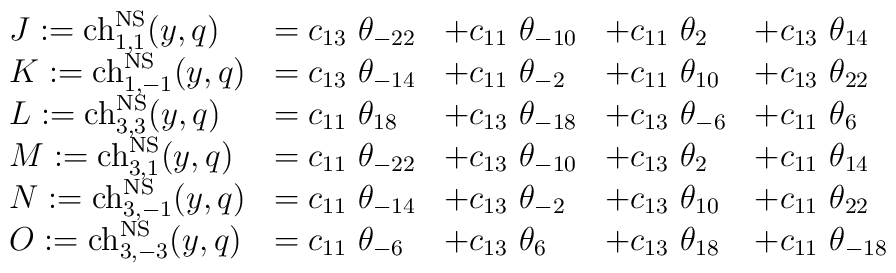
\begin{array}{lllll}J := {\rm ch}_{1,1}^{\rm NS}(y,q) &= c_{13}~\theta_{-22} &+c_{11}~\theta_{-10} &+ c_{11}~\theta_{2} &+ c_{13}~\theta_{14}\\ K := {\rm ch}_{1,-1}^{\rm NS}(y,q) &= c_{13}~\theta_{-14} &+c_{11}~\theta_{-2} &+ c_{11}~\theta_{10} &+ c_{13}~\theta_{22}\\ L := {\rm ch}_{3,3}^{\rm NS}(y,q) &= c_{11}~\theta_{18} &+c_{13}~\theta_{-18} &+ c_{13}~\theta_{-6} &+ c_{11}~\theta_{6}\\ M := {\rm ch}_{3,1}^{\rm NS}(y,q) &= c_{11}~\theta_{-22} &+c_{13}~\theta_{-10} &+ c_{13}~\theta_{2} &+ c_{11}~\theta_{14}\\ N := {\rm ch}_{3,-1}^{\rm NS}(y,q) &= c_{11}~\theta_{-14} &+c_{13}~\theta_{-2} &+ c_{13}~\theta_{10} &+ c_{11}~\theta_{22}\\ O := {\rm ch}_{3,-3}^{\rm NS}(y,q) &= c_{11}~\theta_{-6} &+c_{13}~\theta_{6} &+ c_{13}~\theta_{18} &+ c_{11}~\theta_{-18}  \end{array}